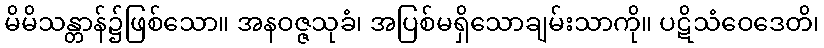
မိမိသန္တာန်၌ဖြစ်သော။ အနဝဇ္ဇသုခံ၊ အပြစ်မရှိသောချမ်းသာကို။ ပဋိသံဝေဒေတိ၊